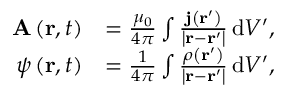
{ \begin{array} { r l } { \mathbf { A } \left( \mathbf { r } , t \right) } & { = { \frac { \mu _ { 0 } } { 4 \pi } } \int { \frac { \mathbf { j } \left( \mathbf { r } ^ { \prime } \right) } { \left| \mathbf { r } - \mathbf { r } ^ { \prime } \right| } } \, \mathrm { d } V ^ { \prime } , } \\ { \psi \left( \mathbf { r } , t \right) } & { = { \frac { 1 } { 4 \pi } } \int { \frac { \rho \left( \mathbf { r } ^ { \prime } \right) } { \left| \mathbf { r } - \mathbf { r } ^ { \prime } \right| } } \, \mathrm { d } V ^ { \prime } , } \end{array} }